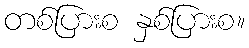
တစ်ပြားစ နှစ်ပြားစ။